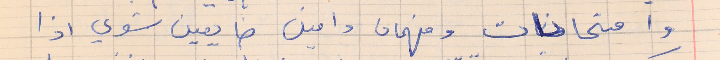
وامتحانات وفهمان وامين ضايعين شوي اذا